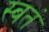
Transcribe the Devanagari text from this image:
स्वतं